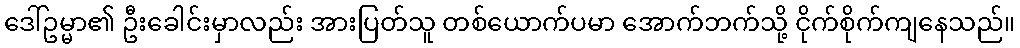
ဒေါ်ဥမ္မာ၏ ဦးခေါင်းမှာလည်း အားပြတ်သူ တစ်ယောက်ပမာ အောက်ဘက်သို့ ငိုက်စိုက်ကျနေသည်။